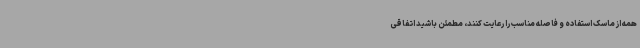
همه از ماسک استفاده و فاصله مناسب را رعایت کنند، مطمئن باشید اتفاقی